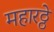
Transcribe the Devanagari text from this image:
महारठ्ठे